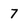
Character: 7